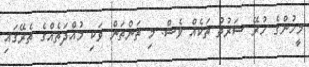
މީހުންގެ ހުރޭ ޝަރުތު ތަކެއް ވެސް. މި ތަންތަން ވަކި މުއްދަތެއްގެ ތެރޭގައި